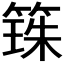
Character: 𫂒